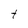
Character: t